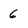
Character: 6